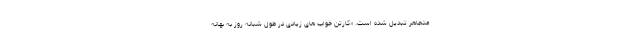
متجاهر تبدیل شده است. «کارتن خواب های زیادی در طول شبانه روز به بهانه